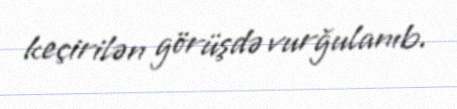
keçirilən görüşdə vurğulanıb.